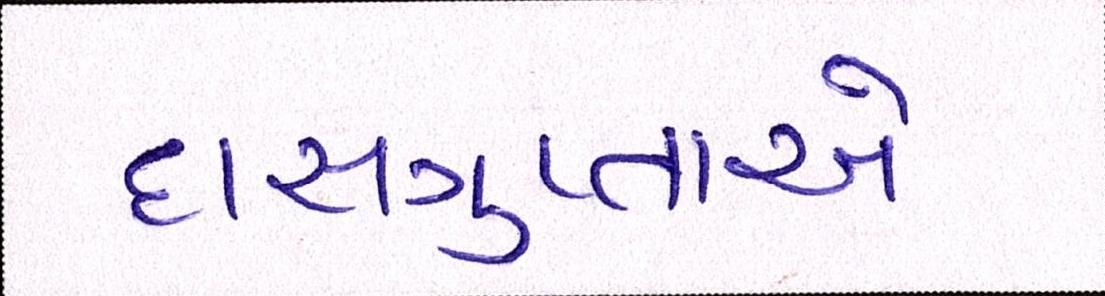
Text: દાસગુપ્તાએ